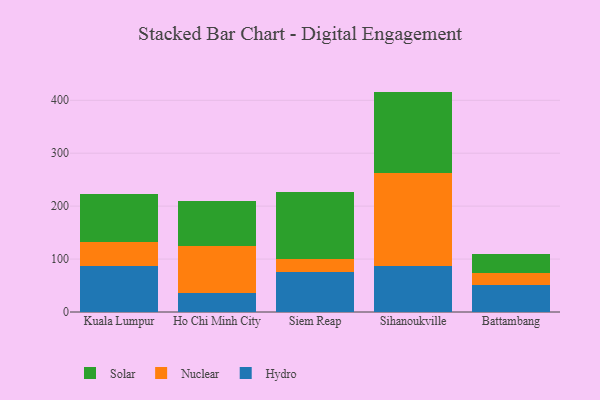
{"axis": {"x": "City", "y": "Population (Million)"}, "legend": ["Hydro", "Nuclear", "Solar"], "data": [{"x": "Kuala Lumpur", "y": 86.1, "type": "Hydro"}, {"x": "Kuala Lumpur", "y": 45.7, "type": "Nuclear"}, {"x": "Kuala Lumpur", "y": 91.3, "type": "Solar"}, {"x": "Ho Chi Minh City", "y": 35.3, "type": "Hydro"}, {"x": "Ho Chi Minh City", "y": 90.3, "type": "Nuclear"}, {"x": "Ho Chi Minh City", "y": 83.3, "type": "Solar"}, {"x": "Siem Reap", "y": 75.3, "type": "Hydro"}, {"x": "Siem Reap", "y": 25.6, "type": "Nuclear"}, {"x": "Siem Reap", "y": 125.5, "type": "Solar"}, {"x": "Sihanoukville", "y": 86.1, "type": "Hydro"}, {"x": "Sihanoukville", "y": 176.4, "type": "Nuclear"}, {"x": "Sihanoukville", "y": 153.9, "type": "Solar"}, {"x": "Battambang", "y": 51.1, "type": "Hydro"}, {"x": "Battambang", "y": 23.1, "type": "Nuclear"}, {"x": "Battambang", "y": 34.9, "type": "Solar"}]}